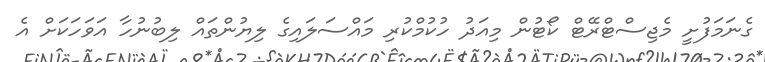
ގެނަމަފުށީ މެޖިސްޓްރޭޓް ކޯޓުން މިއަދު ހުކުމްކުރި މައްސަލައިގެ ލިޔުންތައް ލިބުނުހާ އަވަހަކަށް އެ